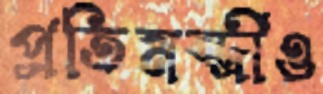
প্রতিমন্ত্রীও